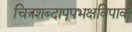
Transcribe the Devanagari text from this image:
चित्रशब्दापूपभक्षविपाक